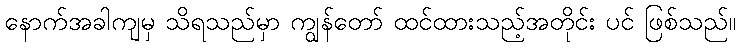
နောက်အခါကျမှ သိရသည်မှာ ကျွန်တော် ထင်ထားသည့်အတိုင်း ပင် ဖြစ်သည်။